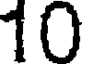
10